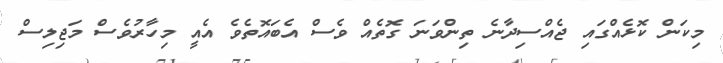
މިކަން ކޮޅެއްގައި ޖެއްސިދާނެ ތިންވަނަ ގޮތެއް ވެސް އެބައޮތެވެ އެއީ މިހާރުވެސް މަޖިލިސް